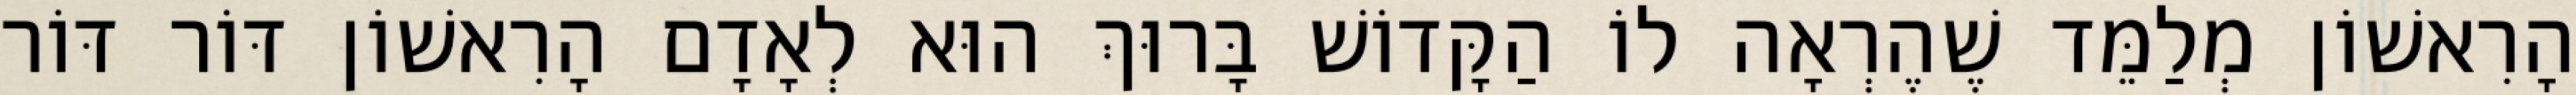
הָרִאשׁוֹן מְלַמֵּד שֶׁהֶרְאָה לוֹ הַקָּדוֹשׁ בָּרוּךְ הוּא לְאָדָם הָרִאשׁוֹן דּוֹר דּוֹר